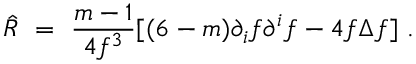
\hat { R } \ = \ \frac { m - 1 } { 4 f ^ { 3 } } [ ( 6 - m ) \partial _ { i } f \partial ^ { i } f - 4 f \Delta f ] ~ .